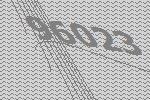
96023